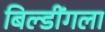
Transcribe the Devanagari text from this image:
बिल्डींगला